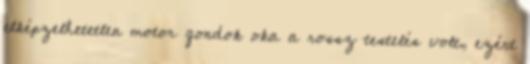
elképzelhetetlen motor gondok oka a rossz testelés volt, ezért